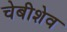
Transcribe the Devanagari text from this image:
चेबीशेव